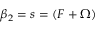
\beta _ { 2 } = s = ( F + \Omega )